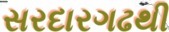
સરદારગઢથી